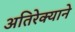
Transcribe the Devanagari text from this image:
अतिरेक्याने